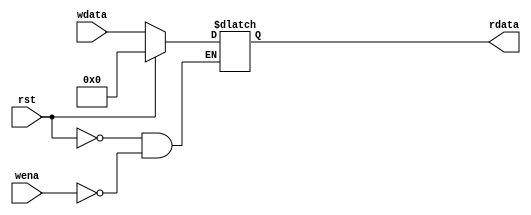
`timescale 1ns / 1ps
//////////////////////////////////////////////////////////////////////////////////
// Company: 
// Engineer: 
// 
// Design Name: 
// Module Name: HILO
// Project Name: 
// Target Devices: 
// Tool Versions: 
// Description: 
// 
// Dependencies: 
// 
// Revision:
// Revision 0.01 - File Created
// Additional Comments:
// 
//////////////////////////////////////////////////////////////////////////////////


module HILO(
    input wena,
    input rst,
    input[31:0] wdata,
    output[31:0]rdata
    );
    reg [31:0]data;
    always@(*)
        if(rst)
            data<=32'b0;
        else if(wena)
            data<=wdata;
    assign rdata=data;
endmodule